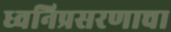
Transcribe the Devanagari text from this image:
ध्वनिप्रसरणाचा